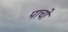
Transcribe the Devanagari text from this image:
पाचो